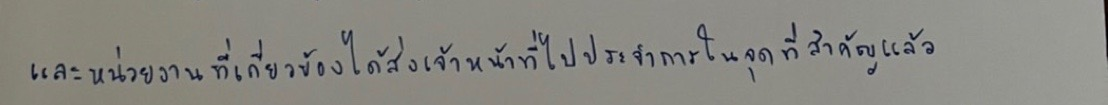
และหน่วยงานที่เกี่ยวข้องได้ส่งเจ้าหน้าที่ไปประจำการในจุดที่สำคัญแล้ว